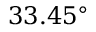
3 3 . 4 5 ^ { \circ }